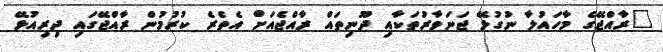
"ރާއްޖޭގެ މާހައުލާ ނުގުޅޭ ޖަނަވާރުތަކާއި ދޫނިތައް ރާއްޖެއަށް އެތެރެ ކުރުމުން ރާއްޖޭގައި ދިރިއުޅޭ